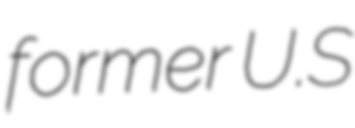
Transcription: former U.S